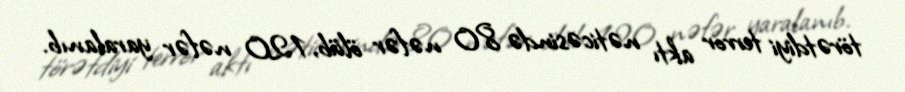
törətdiyi terror aktı nəticəsində 80 nəfər ölüb, 120 nəfər yaralanıb.